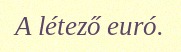
A létező euró.